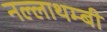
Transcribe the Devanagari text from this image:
नल्लाथम्बी